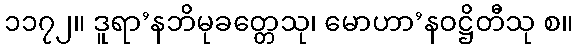
၁၁၇၂။ ဒူရာ’နဘိမုခတ္တေသု၊ မောဟာ’နဝဋ္ဌိတီသု စ။